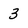
Character: 3